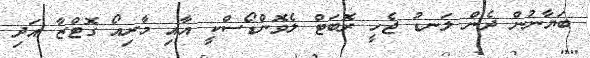
ބަޔާނުން ދެން ލަނޑު ޖެހީ ރޮބަޓް ލެވޮންޑޯސްކީ އާއި މާރިއޯ ގޮޓްޒާ އަދި